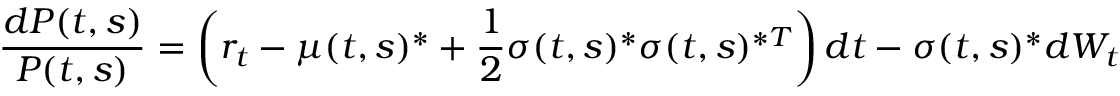
{ \frac { d P ( t , s ) } { P ( t , s ) } } = \left( r _ { t } - \mu ( t , s ) ^ { * } + { \frac { 1 } { 2 } } { \boldsymbol { \sigma } } ( t , s ) ^ { * } { \boldsymbol { \sigma } } ( t , s ) ^ { * T } \right) d t - { \boldsymbol { \sigma } } ( t , s ) ^ { * } d W _ { t }